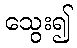
သွေး၍